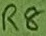
Text: R8